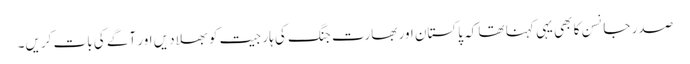
صدر جانسن کا بھی یہی کہنا تھا کہ پاکستان اور بھارت جنگ کی ہار جیت کو بھلا دیں اور آگے کی بات کریں۔